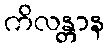
ကိလန္တာန